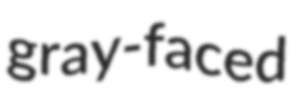
gray-faced